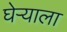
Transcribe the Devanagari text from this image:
घेऱ्याला